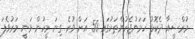
މުރްސީއާ ދެކޮޅު ހަމަނުޖެހުންތަކުގައި 50 އަށް ވުރެ ގިނަ މީހުން ވަނީ މަރުވެފަ